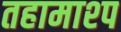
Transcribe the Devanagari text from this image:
तहामाश्प